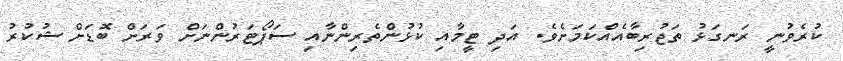
ކުރެވުނީ ރަނގަޅު ތަޖުރިބާއެއްކަމަށެވެ. އަދި ޓީމާއި ކުޅުންތެރިންނާއި ސަޕޯޓަރުންނަށް ވަރަށް ބޮޑަށް ޝުކުރު